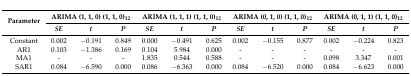
| <ROWSPAN=2> Parameter | <COLSPAN=3> ARIMA (1, 1, 0) (1, 1, 0)12 | <COLSPAN=3> ARIMA (1, 1, 1) (1, 1, 0)12 | <COLSPAN=3> ARIMA (0, 1, 0) (1, 1, 0)12 | <COLSPAN=3> ARIMA (0, 1, 1) (1, 1, 0)12 |
 | SE | t | P | SE | t | P | SE | t | P | SE | t | P |
 | --- | --- | --- | --- | --- | --- | --- | --- | --- | --- | --- | --- | --- |
 | Constant | 0.002 | −0.191 | 0.849 | 0.000 | −0.491 | 0.625 | 0.002 | −0.155 | 0.877 | 0.002 | −0.224 | 0.823 |
 | AR1 | 0.103 | −1.386 | 0.169 | 0.104 | 5.984 | 0.000 | - | - | - | - | - | - |
 | MA1 | - | - | - | 1.835 | 0.544 | 0.588 | - | - | - | 0.098 | 3.347 | 0.001 |
 | SAR1 | 0.084 | −6.590 | 0.000 | 0.086 | −6.363 | 0.000 | 0.084 | −6.520 | 0.000 | 0.084 | −6.623 | 0.000 |